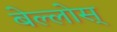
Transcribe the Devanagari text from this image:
बेल्लोस्